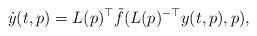
LaTeX: \begin{align*} \dot{y}(t,p) = L(p)^\top \tilde{f} ( L(p)^{-\top} y(t,p) , p ),\end{align*}